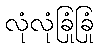
လုံလုံခြုံခြုံ